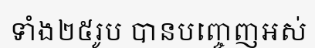
ទាំង២៥រូប បានបញ្ចេញអស់